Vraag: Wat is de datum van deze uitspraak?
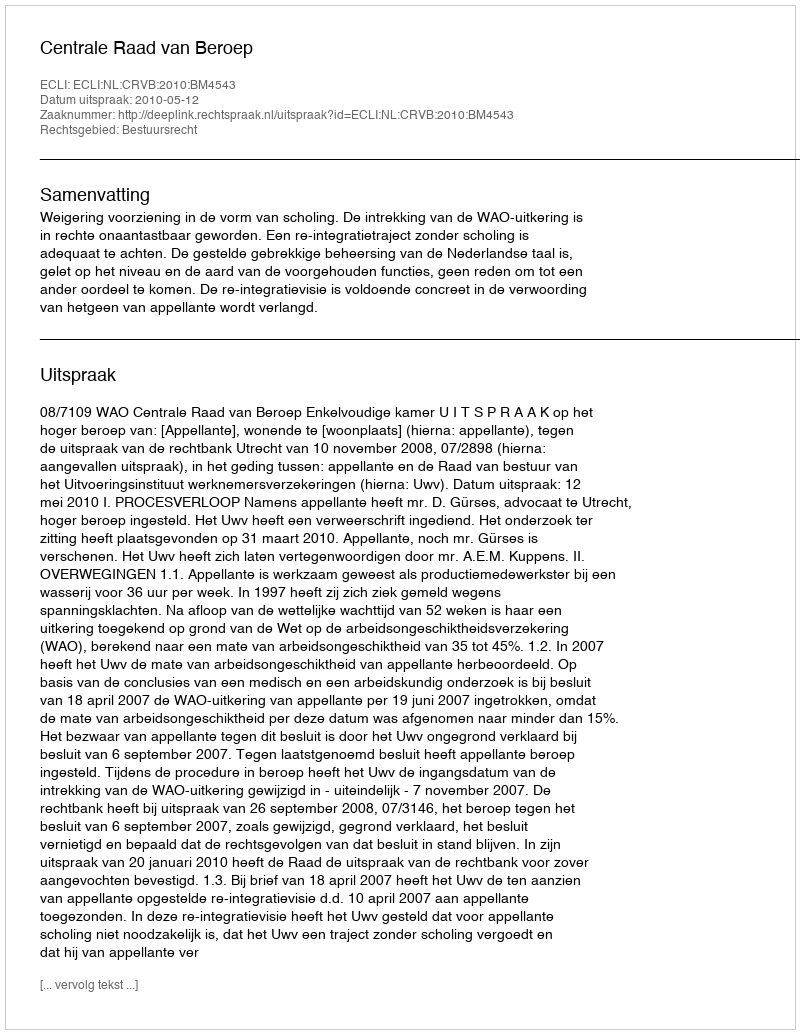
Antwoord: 2010-05-12